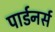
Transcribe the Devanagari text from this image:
पार्डनर्स